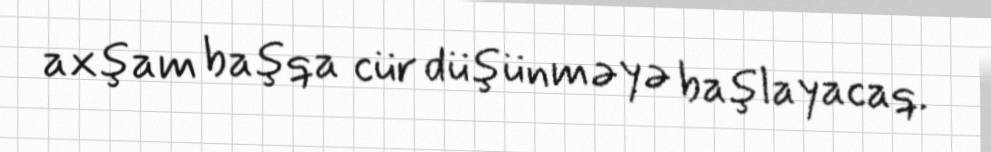
axşam başqa cür düşünməyə başlayacaq.